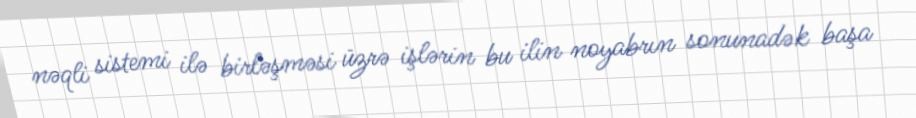
nəqli sistemi ilə birləşməsi üzrə işlərin bu ilin noyabrın sonunadək başa